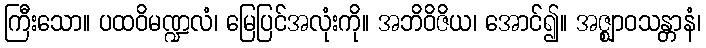
ကြီးသော။ ပထဝိမဏ္ဍလံ၊ မြေပြင်အလုံးကို။ အဘိဝိဇိယ၊ အောင်၍။ အဇ္ဈာဝသန္တာနံ၊